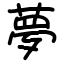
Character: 夢